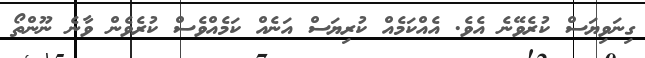
ގިނަވިޔަސް ކުރެވޭނެ އެވެ. އެއްކަމެއް ކުރިޔަސް އަނެއް ކަމެއްވެސް ކުރެވެން ވާނެ ނޫންތޯ